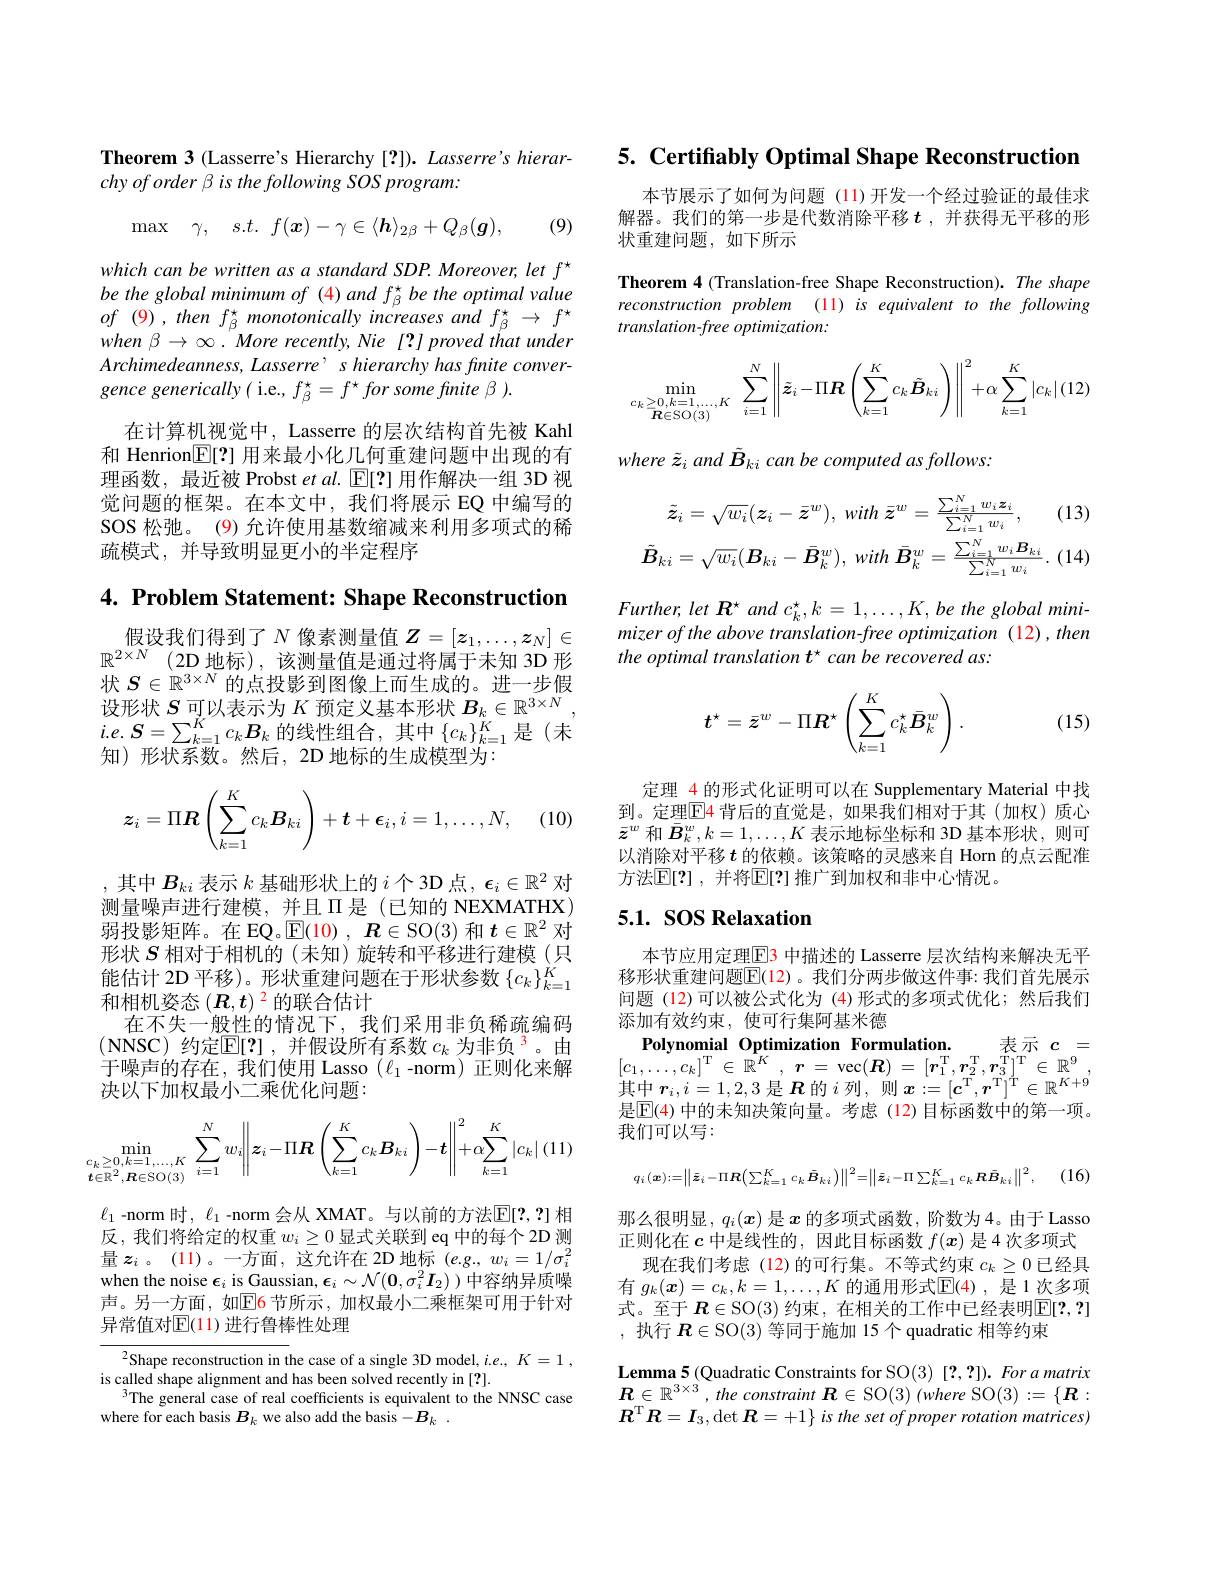
Theorem 3 (Lasserre's Hierarchy [?]). Lasserre's hierar-
chy of order β is the following SOS program:

(9)
$$\max\quad\gamma,\quad s.t.\:f(\boldsymbol{x})-\gamma\in\langle\boldsymbol{h}\rangle_{2\beta}+Q_{\beta}(\boldsymbol{g}),$$
which can be written as a standard SDP. Moreover, let f' be the global minimum of (4) and f' be the optimal value $of$ (9) , then $f_{\beta }^{\star }$ monotonically increases and $f_{\beta }^{\star }$ $\to$ $f^{\star }$ $when\beta\rightarrow\infty.^{^{^{\prime}}}More$ recently, Nie [?]proved that under Archimedeanness, Lasserre’ s hierarchy has finite convergence generically( i.e., $f_{\beta}^{\star}=f^{\star}for$ some fnite $\beta).$

在计算机视觉中，Lasserre 的层次结构首先被 Kahl 和 Henrion$\mathbb{E}[?]$用来最小化几何重建问题中出现的有理函数，最近被 Probst et al. $\operatorname{E[2]}$用作解决一组 3D 视觉问题的框架。在本文中，我们将展示 EQ 中编写的SOS 松弛。(9) 允许使用基数缩减来利用多项式的稀疏模式，并导致明显更小的半定程序

4. Problem Statement: Shape Reconstruction

假设我们得到了$N$像素测量值$Z=[z_1,\ldots,z_N]\in$ $\mathbb{R} ^{2\times N}$ (2D 地标),该测量值是通过将属于未知 3D 形状$S\in\mathbb{R}^{3\times N}$的点投影到图像上而生成的。进一步假设形状$S$可以表示为$K$预定义基本形状$B_k\in\mathbb{R}^{3\times N}$ $i. e.$ $\boldsymbol{S}= \sum _{k= 1}^{K}c_{k}\boldsymbol{B}_{k}$ 的线性组合，其中$\left\{c_{k}\right\}_{k=1}^{K}$是(未知)形状系数。然后，2D 地标的生成模型为：
$$\boldsymbol{z}_i=\Pi\boldsymbol{R}\left(\sum_{k=1}^Kc_k\boldsymbol{B}_{ki}\right)+\boldsymbol{t}+\boldsymbol{\epsilon}_i,i=1,\ldots,N,$$
(10)

,其中$B_ki$表示$k$基础形状上的$i$个 3D 点$,\epsilon_i\in\mathbb{R}^2$对测量噪声进行建模，并且$\Pi$是(已知的 NEXMATHX) 弱投影矩阵。在 EQ。$\operatorname{E}(10),\boldsymbol{R}\in\operatorname{SO}(3)$和$t\in\mathbb{R}^2$对形状$S$相对于相机的(未知)旋转和平移进行建模(只能估计 2D 平移)。形状重建问题在于形状参数$\{c_k\}_{k=1}^K$ 和相机姿态$(\boldsymbol{R},t)^{2}$的联合估计
在不失一般性的情况下，我们采用非负稀疏编码(NNSC)约定$\mathbb{E}[?]$,并假设所有系数 $c_k$ 为非负$^3$。由于噪声的存在，我们使用 Lasso $(\ell_1$-norm)正则化来解决以下加权最小二乘优化问题：
$$\min\limits_{\substack{c_k\geq0,k=1,\ldots,K}{\boldsymbol{t}\in\mathbb{R}^2,\boldsymbol{R}\in\mathrm{SO}(3)}}\sum\limits_{i=1}^Nw_i\bigg\Vert\boldsymbol{z}_i-\Pi\boldsymbol{R}\left(\sum\limits_{k=1}^Kc_k\boldsymbol{B}_{ki}\right)-\boldsymbol{t}\bigg\Vert^2+\alpha\sum\limits_{k=1}^K|c_k|\:(11)$$
$\ell_1$ -norm 时，$\ell_1$ -norm 会从 XMAT。与以前的方法$\mathbb{E}[2,?]$ 相反，我们将给定的权重$w_i\geq0$显式关联到 eq 中的每个 2D 测when the noise $\epsilon_i$ is Gaussian, $\epsilon_i\sim\mathcal{N}(\mathbf{0},\sigma_i^2\boldsymbol{I}_2)$ )中容纳异质噪声。另一方面，如$\mathbb{E}$6节所示，加权最小二乘框架可用于针对异常值对$\mathbb{E}(11)$ 进行鲁棒性处理

${{^2}\text{Shape reconstruction in the case of a single 3D model, i. e. , }}K= 1$ ,
is called shape alignment and has been solved recently in [?].
$^{3}$The general case of real coefficients is equivalent to the NNSC case
where for each basis $B_k$ we also add the basis $-B_k.$

5. Certifably Optimal Shape Reconstruction

本节展示了如何为问题 (11)开发一个经过验证的最佳求解器。我们的第一步是代数消除平移$t$ ,并获得无平移的形状重建问题，如下所示

Theorem 4 (Translation-free Shape Reconstruction). The shape reconstruction problem (11) is equivalent to the following translation-free optimization:
$$\min\limits_{\substack{c_k\geq0,k=1,\ldots,K}{R\in\mathrm{SO}(3)}}\sum\limits_{i=1}^N\left\|\tilde{\boldsymbol{z}}_i-\Pi\boldsymbol{R}\left(\sum\limits_{k=1}^Kc_k\tilde{\boldsymbol{B}}_{ki}\right)\right\|^2+\alpha\sum\limits_{k=1}^K\left|c_k\right|(12)$$
where $\tilde{z}_i$ and $\tilde{B}_ki$ can be computed as follows:

(13)
$$\tilde{z}_{i}=\sqrt{w_{i}}(\boldsymbol{z}_{i}-\bar{\boldsymbol{z}}^{w}),\:with\:\bar{\boldsymbol{z}}^{w}=\frac{\sum_{i=1}^{N}w_{i}\boldsymbol{z}_{i}}{\sum_{i=1}^{N}w_{i}},\\\tilde{\boldsymbol{B}}_{ki}=\sqrt{w_{i}}(\boldsymbol{B}_{ki}-\bar{\boldsymbol{B}}_{k}^{w}),\:with\:\bar{\boldsymbol{B}}_{k}^{w}=\frac{\sum_{i=1}^{N}w_{i}\boldsymbol{B}_{ki}}{\sum_{i=1}^{N}w_{i}}$$
$Further, let\textbf{ R}^{\star }andc_{k}^{\star }, k= 1, \ldots , K, be\textit{ the global mini- }$ mizer of the above translation-free optimization (12), then the optimal translation $t^\star$ can be recovered as
$$t^\star=\bar{\boldsymbol{z}}^w-\Pi R^\star\left(\sum_{k=1}^Kc_k^\star\bar{\boldsymbol{B}}_k^w\right).$$
(15)

定理\_4 的形式化证明可以在 Supplementary Material 中找到。定理$\boxed{\mathrm{E}}$4 背后的直觉是，如果我们相对于其(加权)质心$\bar{\boldsymbol{z}}^w$和$\bar{\boldsymbol{B}}_k^w,k=1,\ldots,K$表示地标坐标和 3D 基本形状，则可以消除对平移$t$ 的依赖。该策略的灵感来自 Horn 的点云配准方法$\mathbb{E}[?]$ ,并将$\mathbb{E}[?]$ 推广到加权和非中心情况。

### $5. 1. \textbf{ SOS Relaxation}$

本节应用定理$\color{red}{\mathrm{E}}\color{red}{3}$ 中描述的 Lasserre 层次结构来解决无平移形状重建问题$\overline{\mathbb{E}}$(12)。我们分两步做这件事：我们首先展示问题 (12)可以被公式化为 (4)形式的多项式优化；然后我们添加有效约束，使可行集阿基米德

Polynomial Optimization Formulation.
表示$c=$
$[ c_{1}, \ldots , c_{k}] ^{\mathrm{T} }\in \mathbb{R} ^{K}$ , $r$ = vec$( \boldsymbol{R})$ = $[ \boldsymbol{r}_{1}^{\mathrm{T} }, \boldsymbol{r}_{2}^{\mathrm{T} }, \boldsymbol{r}_{3}^{\mathrm{T} }] ^{\mathrm{T} }\in \mathbb{R} ^{9}$, 其中$\boldsymbol r_i,i=1,2,3$是$\boldsymbol R$的$i$列，则$\boldsymbol x:=[c^\mathrm{T},\boldsymbol{r}^\mathrm{T}]^\mathrm{T}\in\mathbb{R}^{K+9}$ 是$\mathbb{E}$(4) 中的未知决策向量。考虑 (12)目标函数中的第一项。我们可以写：
$$q_{i}(\boldsymbol{x}):=\left\|\bar{\boldsymbol{z}}_{i}-\Pi R\Big(\sum_{k=1}^{K}c_{k}\bar{\boldsymbol{B}}_{ki}\Big)\right\|^{2}=\left\|\bar{\boldsymbol{z}}_{i}-\Pi\sum_{k=1}^{K}c_{k}R\bar{\boldsymbol{B}}_{ki}\right\|^{2},$$
那么很明显，$q_i(x)$是$x$的多项式函数，阶数为4。由于 Lasso 正则化在$c$中是线性的，因此目标函数$f(\boldsymbol{x})$是 4 次多项式
现在我们考虑 (12)的可行集。不等式约束$c_k\geq0$已经具有$g_k(\boldsymbol{x})=c_k,k=1,\ldots,K$的通用形式$\mathbb{E}(4)$,是 1 次多项式。至于 $R\in\operatorname{SO}(3)$ 约束，在相关的工作中已经表明$\operatorname{E}[2,?]$ ,执行$\boldsymbol{R}\in\operatorname{SO}(3)$等同于施加 15 个 quadratic 相等约束

Lemma 5 (Quadratic Constraints for SO(3) [2, ?]). For a matrix

$\boldsymbol{R}\in \mathbb{R} ^{3\times 3}, the$ constraint $\boldsymbol{R}\in$SO(3) $( where$ SO$( 3) : = \{ \boldsymbol{R}:$

$\boldsymbol{R}^{\mathrm{T} }\boldsymbol{R}= \boldsymbol{I}_{3}, \det \boldsymbol{R}= + 1\} is$ the set $of$ proper rotation $matrices)$